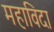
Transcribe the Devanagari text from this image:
महाविदा